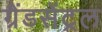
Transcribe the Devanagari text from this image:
ग्रैंडसेंट्रल